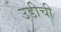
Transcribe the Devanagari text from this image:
उडीची